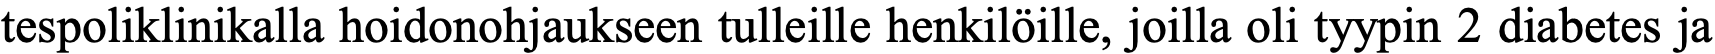
tespoliklinikalla hoidonohjaukseen tulleille henkilöille, joilla oli tyypin 2 diabetes ja